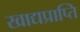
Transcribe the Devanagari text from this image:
खाद्यप्राप्ति